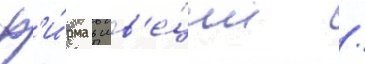
ф'и́рма в шв'е́ции /